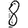
Digit: 8